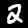
Digit: 2